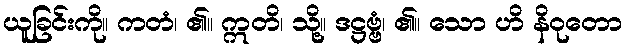
ယူခြင်းကို။ ကတံ၊ ၏။ ဣတိ၊ သို့။ ဒဋ္ဌဗ္ဗံ၊ ၏။ သော ဟိ နိဝုတော